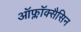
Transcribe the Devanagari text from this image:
ऑफ्लॉक्सैसिन